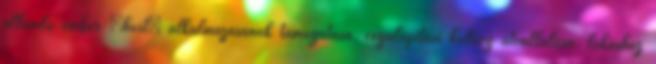
állandó ember „host” alkalmazásának támogatása, cégalapítási költség átvállalása, lakáshoz